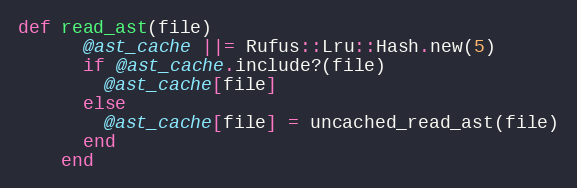
Language: Ruby
def read_ast(file)
      @ast_cache ||= Rufus::Lru::Hash.new(5)
      if @ast_cache.include?(file)
        @ast_cache[file]
      else
        @ast_cache[file] = uncached_read_ast(file)
      end
    end